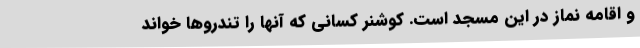
و اقامه نماز در این مسجد است. کوشنر کسانی که آنها را تندروها خواند